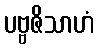
ပဗ္ဗဇိသာဟံ